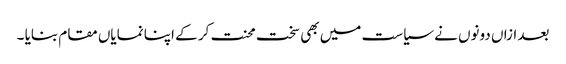
بعد ازاں دونوں نے سیاست میں بھی سخت محنت کر کے اپنا نمایاں مقام بنایا ۔